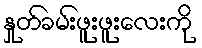
နှုတ်ခမ်းဖူးဖူးလေးကို